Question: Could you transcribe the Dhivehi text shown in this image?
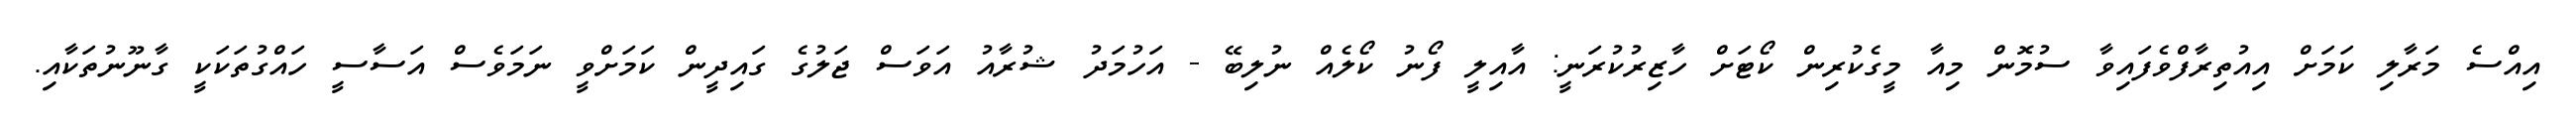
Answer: އިއްސެ މަރާލި ކަމަށް އިއުތިރާފްވެފައިވާ ސުމޮން މިއާ މީގެކުރިން ކޯޓަށް ހާޒިރުކުރަނީ: އާއިލީ ފޯނު ކޯލެއް ނުލިބޭ - އަހުމަދު ޝުރާއު އަވަސް ޖަލުގެ ގައިދީން ކަމަށްވީ ނަމަވެސް އަސާސީ ހައްގުތަކަކީ ގާނޫނުތަކާއި.